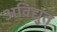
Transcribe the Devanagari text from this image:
अविद्युत्